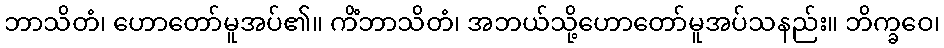
ဘာသိတံ၊ ဟောတော်မူအပ်၏။ ကိံဘာသိတံ၊ အဘယ်သို့ဟောတော်မူအပ်သနည်း။ ဘိက္ခဝေ၊